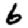
Digit: 6